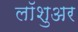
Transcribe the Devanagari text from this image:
लॉशुअर